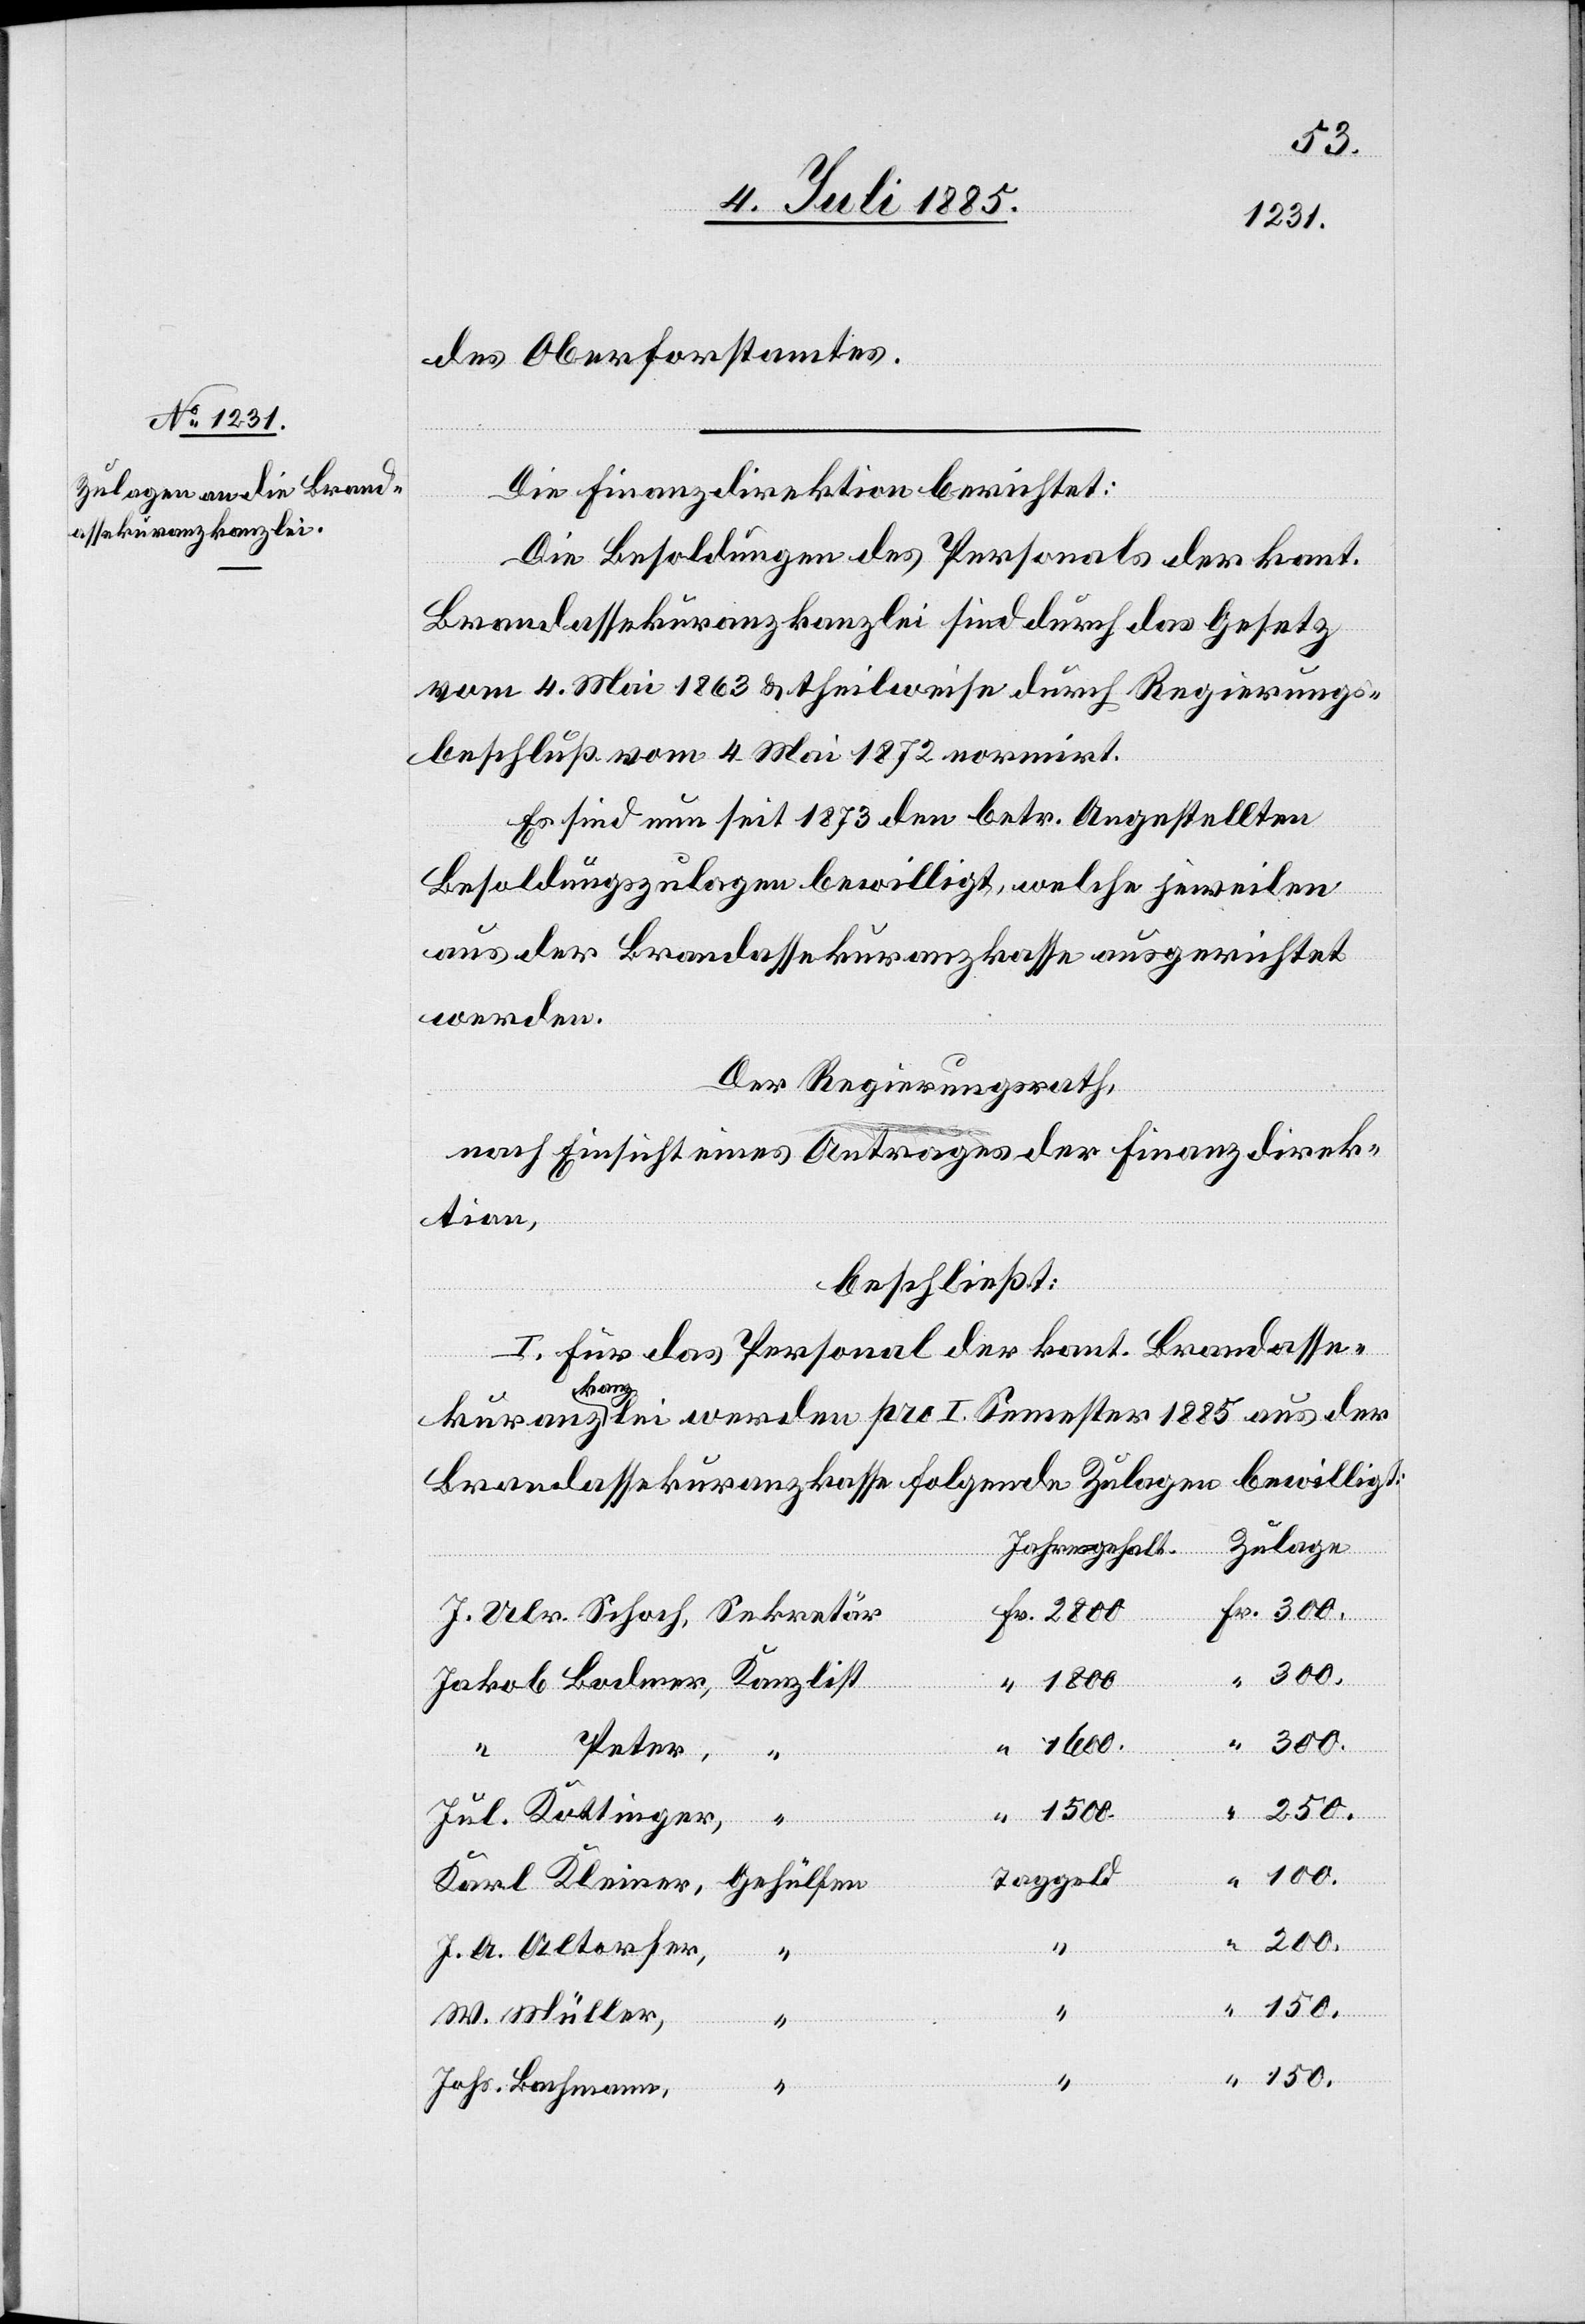
des Oberforstamtes.
Die Finanzdirektion berichtet:
Die Besoldungen des Personals der kant.
Brandassekuranzkanzlei sind durch das Gesetz
vom 4. Mai 1863 & theilweise durch Regierungs¬
beschluß vom 4. Mai 1872 normirt.
Es sind nun seit 1873 den betr. Angestellten
Besoldungszulagen bewilligt, welche jeweilen
aus der Brandassekuranzkasse ausgerichtet
werden.
Der Regierungsrath,
nach Einsicht eines Antrages der Finanzdirekt¬
ion,
beschließt:
I. Für das Personal der kant. Brandasse¬
kuranz¬
kanzlei werden pro I. Semester 1885 aus der
Brandassekuranzkasse folgende Zulagen bewilligt:
Zulage
Jahresgehalt.
1500.
Gehü¬
1800
lfen
Kleiner,
150.
250.
Schoch,
Jul. Kottinger,
Taggeld
100.
J. A. Altorfer,
“
W. Müller,
Johs. Bachmann,
“
“